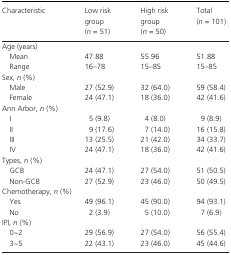
<table><thead><tr><td><b>Characteristic</b></td><td><b>Low risk group (<i>n</i> = 51)</b></td><td><b>High risk group (<i>n</i> = 50)</b></td><td><b>Total (<i>n</i> = 101)</b></td></tr></thead><tbody><tr><td colspan="4">Age (years)</td></tr><tr><td>Mean</td><td>47.88</td><td>55.96</td><td>51.88</td></tr><tr><td>Range</td><td>16–78</td><td>15–85</td><td>15–85</td></tr><tr><td colspan="4">Sex, <i>n</i> (%)</td></tr><tr><td>Male</td><td>27 (52.9)</td><td>32 (64.0)</td><td>59 (58.4)</td></tr><tr><td>Female</td><td>24 (47.1)</td><td>18 (36.0)</td><td>42 (41.6)</td></tr><tr><td colspan="4">Ann Arbor, <i>n</i> (%)</td></tr><tr><td>I</td><td>5 (9.8)</td><td>4 (8.0)</td><td>9 (8.9)</td></tr><tr><td>II</td><td>9 (17.6)</td><td>7 (14.0)</td><td>16 (15.8)</td></tr><tr><td>III</td><td>13 (25.5)</td><td>21 (42.0)</td><td>34 (33.7)</td></tr><tr><td>IV</td><td>24 (47.1)</td><td>18 (36.0)</td><td>42 (41.6)</td></tr><tr><td colspan="4">Types, <i>n</i> (%)</td></tr><tr><td>GCB</td><td>24 (47.1)</td><td>27 (54.0)</td><td>51 (50.5)</td></tr><tr><td>Non‐GCB</td><td>27 (52.9)</td><td>23 (46.0)</td><td>50 (49.5)</td></tr><tr><td colspan="4">Chemotherapy, <i>n</i> (%)</td></tr><tr><td>Yes</td><td>49 (96.1)</td><td>45 (90.0)</td><td>94 (93.1)</td></tr><tr><td>No</td><td>2 (3.9)</td><td>5 (10.0)</td><td>7 (6.9)</td></tr><tr><td colspan="4">IPI, <i>n</i> (%)</td></tr><tr><td>0~2</td><td>29 (56.9)</td><td>27 (54.0)</td><td>56 (55.4)</td></tr><tr><td>3~5</td><td>22 (43.1)</td><td>23 (46.0)</td><td>45 (44.6)</td></tr></tbody></table>